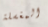
المغسلة